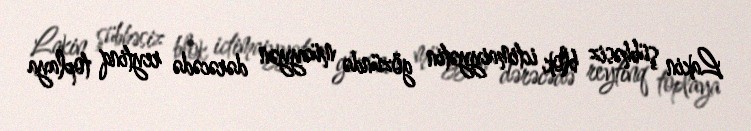
Lakin şübhəsiz blok ictimaiyyətin gözündə müəyyən dərəcədə reytinq toplaya